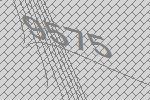
9575